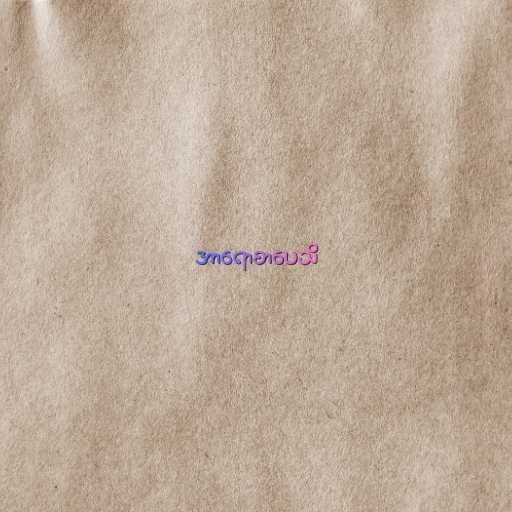
အာရောစာပေသိ